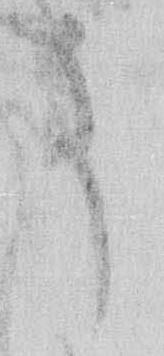
ま